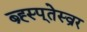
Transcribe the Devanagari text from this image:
ब्र्ह्स्प्तेस्व्रर